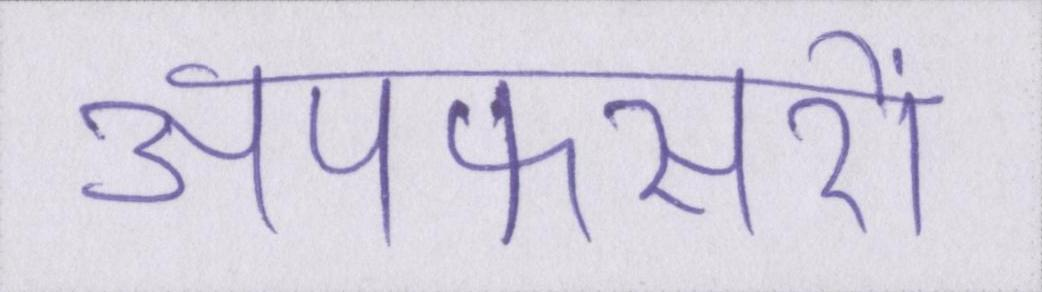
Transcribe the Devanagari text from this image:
अपफसरों